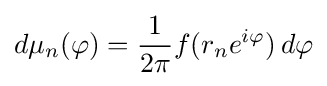
d\mu _{n}(\varphi )={1 \over 2\pi }f(r_{n}e^{i\varphi })\,d\varphi